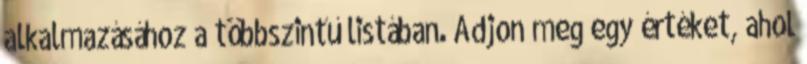
alkalmazásához a többszintű listában. Adjon meg egy értéket, ahol